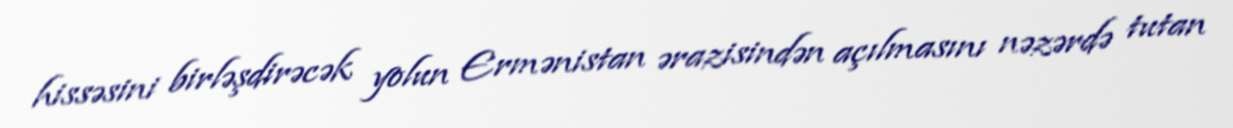
hissəsini birləşdirəcək yolun Ermənistan ərazisindən açılmasını nəzərdə tutan